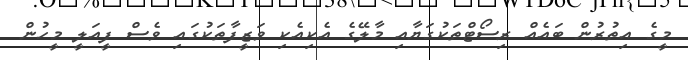
މީގެ އިތުރުން ބައެއް ރިސޯޓްތަކުގަޔާއި މާލޭގެ އެކިއެކި ވަޒީފާތަކުގައި ވެސް ފީއަލީ މީހުން